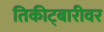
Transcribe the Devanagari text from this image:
तिकीट्बारीवर